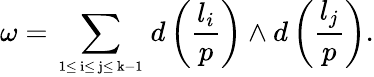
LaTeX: \omega=\sum_{\mathrm{\scriptsize{\mathit~1\leq~i\leq~j\leq~k-1~}}}d\left({\frac{l_{i}}{p}}\right)\wedge d\left({\frac{l_{j}}{p}}\right).